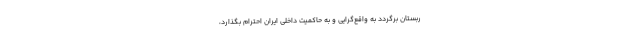
ربستان برگردد به واقع‌گرایی و به حاکمیت داخلی ایران احترام بگذارد،